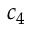
c _ { 4 }